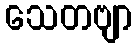
သေတဗျာ